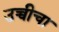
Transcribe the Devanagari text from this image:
उच्चीचा